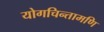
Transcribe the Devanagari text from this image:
योगचिन्तामणि